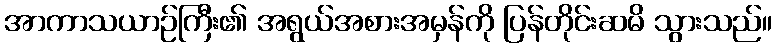
အာကာသယာဉ်ကြီး၏ အရွယ်အစားအမှန်ကို ပြန်တိုင်းဆမိ သွားသည်။